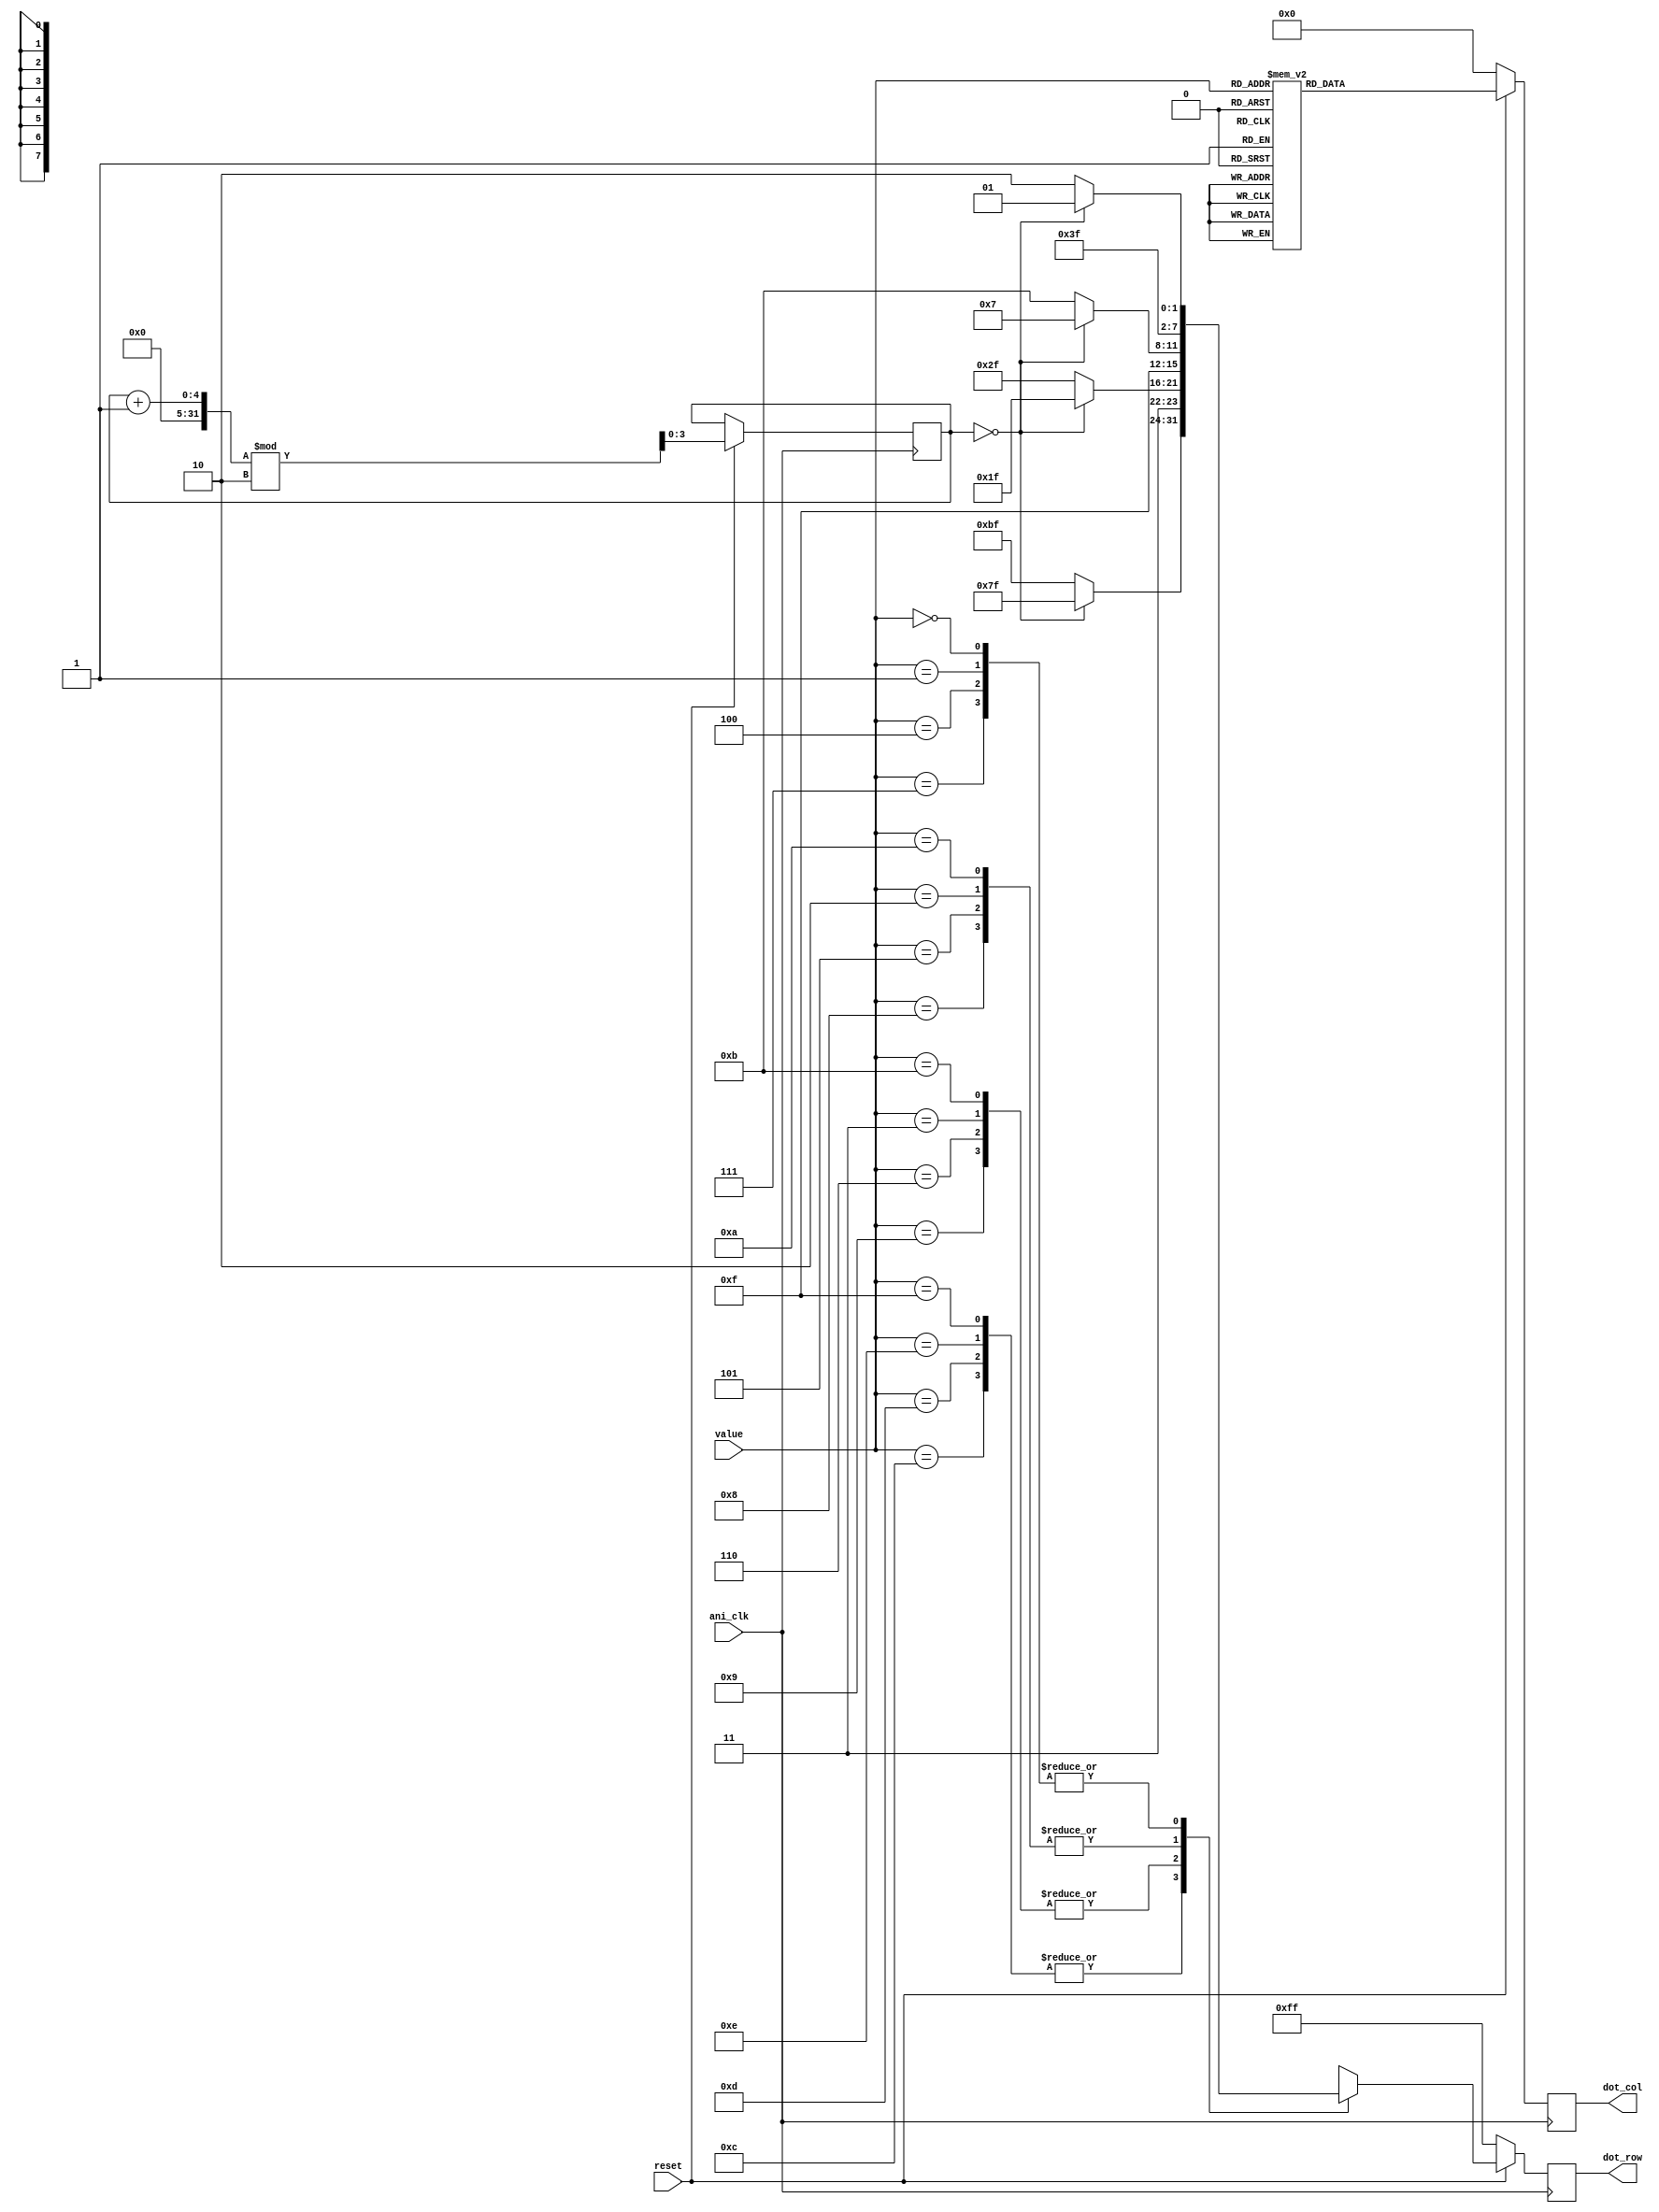
module matrix(value, ani_clk, reset, dot_row, dot_col);
    input ani_clk, reset; 
    input [3:0] value;
    output [7:0] dot_row, dot_col;

    reg [7:0] dot_row, dot_col;
    reg [3:0] row_count;

    always@(posedge ani_clk)
    begin
        if(!reset)
        begin
            dot_row <= 8'b11111111;
            dot_col <= 8'b00000000;
        end
        else
        begin
            row_count <= (row_count + 1) % 2;
            
            case(value)
                    4'hf, 4'he, 4'hd, 4'hc: dot_row <= row_count == 0 ? 8'b01111111 : 8'b10111111; //0
                    4'hb, 4'h3, 4'h6, 4'h9: dot_row <= row_count == 0 ? 8'b11011111 : 8'b11101111; //0
                    4'ha, 4'h2, 4'h5, 4'h8: dot_row <= row_count == 0 ? 8'b11110111 : 8'b11111011; //0
                    4'h0, 4'h1, 4'h4, 4'h7: dot_row <= row_count == 0 ? 8'b11111101 : 8'b11111110; //0
                    default: dot_row <= 8'b01111111;
            endcase
            
            case(value)
                    4'hf, 4'hb, 4'ha, 4'h0: dot_col <= 8'b11000000;
                    4'h3, 4'he, 4'h2, 4'h1: dot_col <= 8'b00110000;
                    4'hd, 4'h6, 4'h5, 4'h4: dot_col <= 8'b00001100;
                    4'hc, 4'h9, 4'h8, 4'h7: dot_col <= 8'b00000011;
                    default: dot_row <= 8'b01111111;
            endcase
        end
    end
endmodule